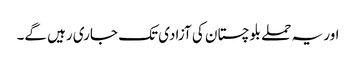
اور یہ حملے بلوچستان کی آزادی تک جاری رہیں گے۔